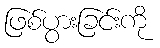
ဖြစ်ပွားခြင်းကို